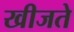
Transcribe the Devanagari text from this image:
खीजते